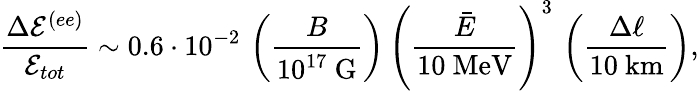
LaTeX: \frac{\Delta{\cal E}^{(ee)}}{{\cal E}_{tot}}\sim 0.6\cdot 10^{-2}\, \left(\frac{B}{10^{17}~\mathrm{G}}\right)\, \left(\frac{\bar{E}}{10~\mathrm{MeV}}\right)^{3}\, \left(\frac{\Delta\ell}{10~\mathrm{km}}\right),